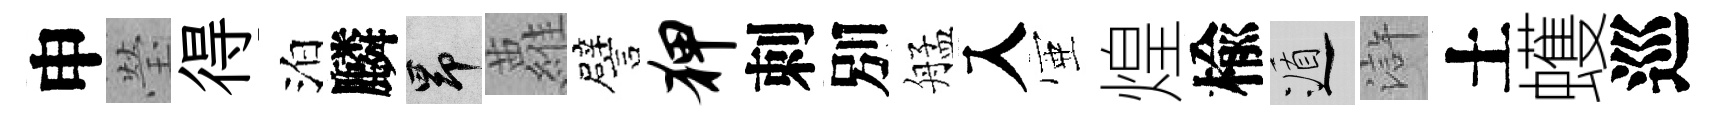
申瑩得泊麟昂蘿譬狎刺別艋入壺煌楡遁滸土蠖巡